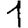
Digit: 1